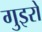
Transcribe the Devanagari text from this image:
गुइरो